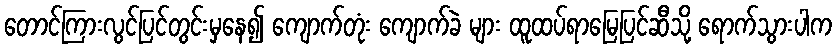
တောင်ကြားလွင်ပြင်တွင်းမှနေ၍ ကျောက်တုံး ကျောက်ခဲ များ ထူထပ်ရာမြေပြင်ဆီသို့ ရောက်သွားပါက